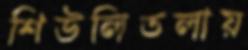
শিউলিতলায়